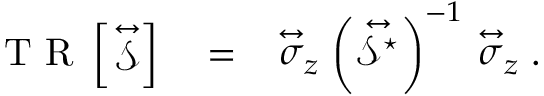
\begin{array} { r l r } { \mathrm { ~ T ~ R ~ } \left\lbrack \stackrel { \leftrightarrow } { \mathcal { S } } \right\rbrack } & { { } = } & { \stackrel { \leftrightarrow } { \sigma } _ { z } \left( \stackrel { \leftrightarrow } { \mathcal { S } ^ { \star } } \right) ^ { - 1 } \stackrel { \leftrightarrow } { \sigma } _ { z } . } \end{array}